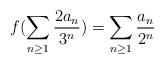
LaTeX: \begin{align*} {\small f ( \sum_{n\geq 1} \frac{2 a_n}{3^{n}} ) = \sum_{n\geq 1} \frac{a_n}{2^{n}} }\end{align*}